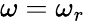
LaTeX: \omega=\omega_{r}